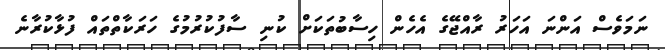
ނަމަވެސް އަންނަ އަހަރު ރާއްޖޭގެ އެހެން ހިސާބުތަކަށް ކުނި ސާފުކުރުމުގެ ހަރަކާތްތައް ފުޅާކުރާނެ